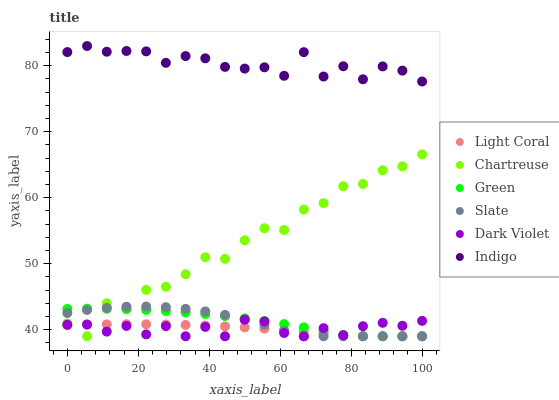
| xaxis_label | Light Coral | Chartreuse | Green | Slate | Dark Violet | Indigo |
 | --- | --- | --- | --- | --- | --- | --- |
 | 0 | 40.7 | 40.9 | 43.1 | 42.5 | 40.8 | 82.1 |
 | 5.56 | 40.8 | 39 | 43.2 | 43 | 40.8 | 83 |
 | 11.1 | 40.8 | 44 | 43.2 | 43.3 | 39.7 | 82.1 |
 | 16.7 | 40.8 | 43.3 | 43.1 | 43.5 | 40.6 | 82.2 |
 | 22.2 | 40.8 | 46 | 43 | 43.5 | 39.3 | 82.2 |
 | 27.8 | 40.8 | 46.5 | 42.8 | 43.4 | 40.5 | 80.4 |
 | 33.3 | 40.7 | 48.4 | 42.6 | 43.2 | 39 | 81.5 |
 | 38.9 | 40.6 | 51 | 42.4 | 42.8 | 40.4 | 81.1 |
 | 44.4 | 40.5 | 50.7 | 42.1 | 42.2 | 39 | 79.8 |
 | 50 | 40.3 | 53.6 | 41.7 | 41.6 | 41.5 | 79.6 |
 | 55.6 | 40.2 | 55.4 | 41.3 | 40.8 | 41.3 | 79.8 |
 | 61.1 | 40 | 55.1 | 40.8 | 39.8 | 39.5 | 78.5 |
 | 66.7 | 39.7 | 58.2 | 40.3 | 39 | 39 | 82.1 |
 | 72.2 | 39.5 | 59.2 | 39.8 | 39 | 40.2 | 78.4 |
 | 77.8 | 39.2 | 61.7 | 39.2 | 39 | 39.2 | 79.9 |
 | 83.3 | 39 | 62.1 | 39 | 39 | 40.5 | 78 |
 | 88.9 | 39 | 64.2 | 39 | 39 | 41 | 79.9 |
 | 94.4 | 39 | 64.8 | 39 | 39 | 40.6 | 79.3 |
 | 100 | 39 | 66.6 | 39 | 39 | 41.3 | 77.6 |